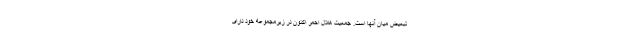
تبعیض میان آنها است. جمعیت هلال احمر اکنون در زیرمجموعه خود دارای